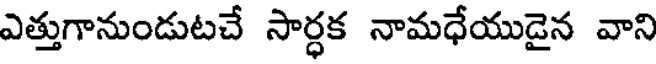
ఎత్తుగానుండుటచే సార్ధక నామధేయుడైన వాని